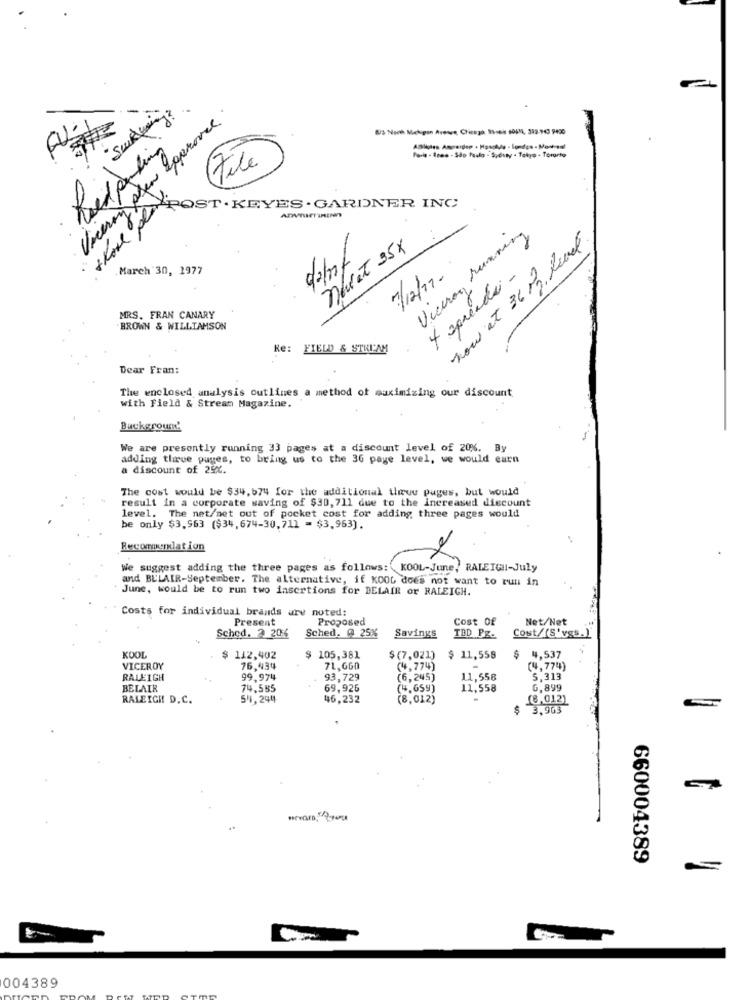
Viceroy sten approved.
"Sunwing ?.
8) Noch Michigan Avenue Chicago 1964 40474, 312-963 9400
Redealing
Hele
Porla . Rres - Sao Paulo - Spduty . Tokyo - Tomarto
PAPST. KEYES. GARDNER IN
Viceroy running
nawet 35x
now at 36 Mg. Rundt.
det
March 30, 1977
7/12/11.
+ spreadsi -
MRS. FRAN CANARY
BROWN & WILLIAMSON
Re: FIELD & STREAM
Dear Fran:
The enclosed analysis outlines a method of maximizing our discount
with Field & Stream Magazine.
Background'
We are presently running 33 pages at a discount level of 20%. By
adding tlive pages, to bring us to the 3G page level, we would earn
a discount of 25x.
The cost would be $34,674 for the additional ilmue pages, but would
result in a corporate saving of $30, 711 due to the increased discount
level. The net/net out of pocket cost for adding three pages would
be only $3,963 ($34,674-30,711 = $3,963).
Recommendation
We suggest adding the three pages as follows: KOOL-June, RALEIGH-July
and BELAIR-September. The alternative, if KOOG does not want to run in
June, would be to run two insertions for BELAIR or RALEIGH.
Costs for individual brands are noted:
Present
Proposed
Cost Of
Net/Net
Schod. 2 206
Sched. @ 25%
Savings
TBD PE-
Cost/(S'vgs.]
KOOL
$ 112,402
$ 105,381
$ (7,021)
$ 11,558
$ 4,537
VICEROY
76,434
71,660
(4,774)
(4,774)
RALEIGH
99,974
93,729
(6,245)
11,558
5.313
BELAIR
74,585
69.926
(4,659)
11,558
G,899
RALEIGH! D.C.
54,244
46,232
(8.012)
(8,012)
3,903
660004389
004389